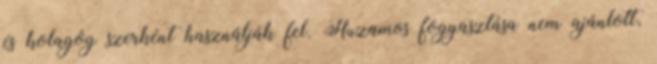
és kolagóg szerként használják fel. Huzamos fogyasztása nem ajánlott,